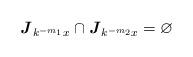
LaTeX: \begin{align*}\textbf{\emph{J}}_{k^{-m_1}x}\cap\textbf{\emph{J}}_{k^{-m_2}x}=\varnothing\end{align*}